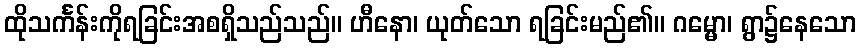
ထိုသင်္ကန်းကိုရခြင်းအစရှိသည်သည်။ ဟီနော၊ ယုတ်သော ရခြင်းမည်၏။ ဂမ္မော၊ ရွာ၌နေသော